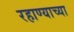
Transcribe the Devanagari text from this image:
रहाण्याच्या